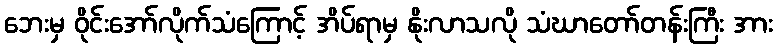
ဘေးမှ ဝိုင်းအော်လိုက်သံကြောင့် အိပ်ရာမှ နိုးလာသလို သံဃာတော်တန်းကြီး အား